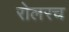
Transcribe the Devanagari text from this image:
रोलरच